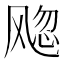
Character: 𬲀